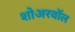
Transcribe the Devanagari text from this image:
शोअरवॉल